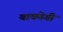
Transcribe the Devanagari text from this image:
याकोगी